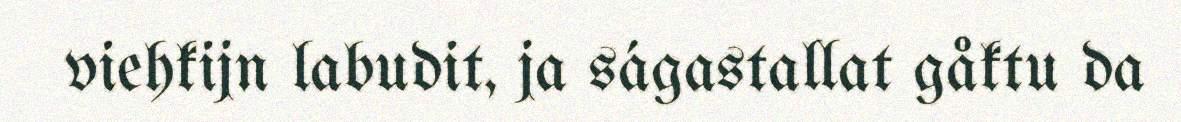
viehkijn labudit, ja ságastallat gåktu da